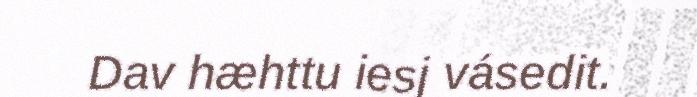
Dav hæhttu iesj vásedit.